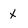
Character: x